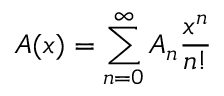
A ( x ) = \sum _ { n = 0 } ^ { \infty } A _ { n } { \frac { x ^ { n } } { n ! } }